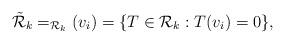
LaTeX: \begin{align*} \tilde{\mathcal{R}}_{k} = _{\mathcal{R}_k}(v_i)=\{T\in\mathcal{R}_k: T(v_i)=0\},\end{align*}